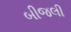
બીજલી